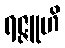
ရဇ္ဇူဟိ